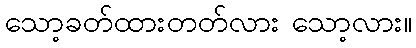
သော့ခတ်ထားတတ်လား သော့လား။